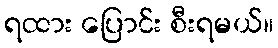
ရထား ပြောင်း စီးရမယ်။